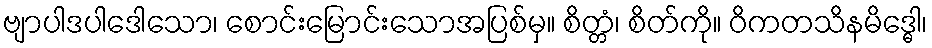
ဗျာပါဒပါဒေါသော၊ စောင်းမြောင်းသောအပြစ်မှ။ စိတ္တံ၊ စိတ်ကို။ ဝိကတသိနမိဒ္ဓေါ၊